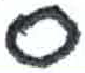
אות: ס